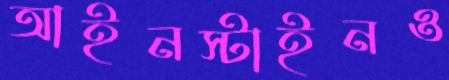
আইনস্টাইনও